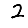
Digit: 2